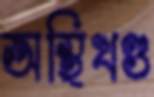
অস্থিখণ্ড